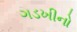
ગડખીનો